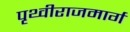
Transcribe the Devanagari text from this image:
पृथ्वीराजमार्ग